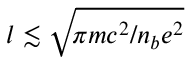
l \lesssim \sqrt { \! \pi m c ^ { 2 } / n _ { b } e ^ { 2 } }